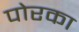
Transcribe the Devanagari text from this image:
पोरका